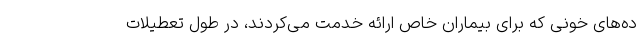
ده‌های خونی که برای بیماران خاص ارائه خدمت می‌کردند، در طول تعطیلات